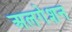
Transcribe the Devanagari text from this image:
अलगेशन